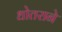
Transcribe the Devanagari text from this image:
धोतराने